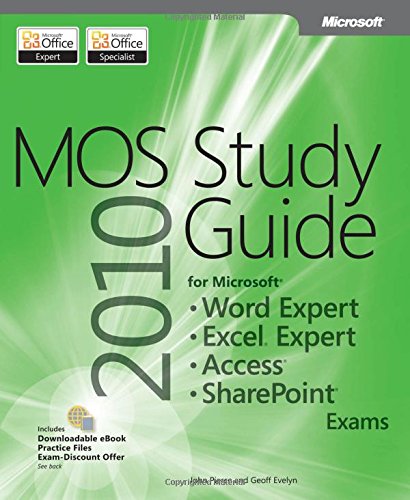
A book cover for MOS 2010 Study Guide for Microsoft Word Expert, Excel Expert, Access, and SharePoint Exams (MOS Study Guide); Geoff Evelyn; Computers & Technology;